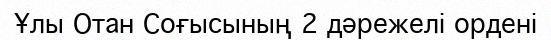
Ұлы Отан Соғысының 2 дәрежелі ордені